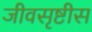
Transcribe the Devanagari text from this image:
जीवसृष्टीस